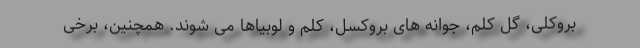
بروکلی، گل کلم، جوانه های بروکسل، کلم و لوبیاها می شوند. همچنین، برخی